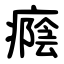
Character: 癊